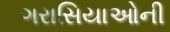
ગરાસિયાઓની